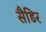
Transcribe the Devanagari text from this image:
सैडिर